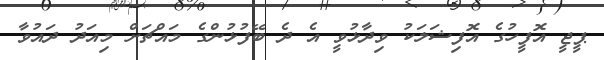
ޕީޖީ އޮފީހުގެ އޮފިޝަލަކު ވިދާޅުވީ އެ ދެ ބޭފުޅުންގެ މައްޗަށް މިއަދު ދައުވާ